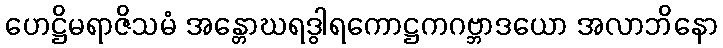
ဟေဋ္ဌိမရာဇိသမံ အန္တောဃရဒွါရကောဋ္ဌကဂဗ္ဘာဒယော အလာဘိနော